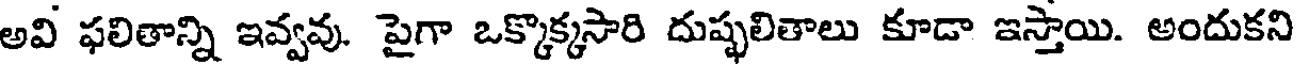
అవి ఫలితాన్ని ఇవ్వవు. పైగా ఒక్కొక్కసారి దుష్ఫలితాలు కూడా ఇస్తాయి. అందుకని